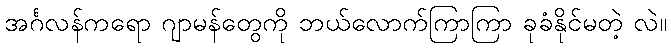
အင်္ဂလန်ကရော ဂျာမန်တွေကို ဘယ်လောက်ကြာကြာ ခုခံနိုင်မတဲ့ လဲ။